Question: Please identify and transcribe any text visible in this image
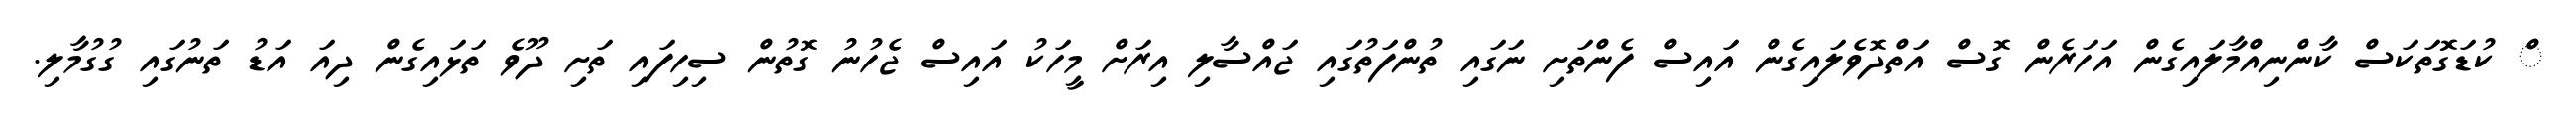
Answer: ް ކުޑަގޮތަކަސް ކާންނިއްމާލައިގެން އަހަރެން ގޮސް އަތްދޮވެލައިގެން އައިސް ފެންތަށި ނަގައި ތުންފަތުގައި ޖައްސާލި އިރަށް މީހަކު އައިސް ޖެހުނު ގޮތުން ސިހިފައި ތަށި ދޫވެ ތަޅައިގެން ދިއަ އަޑު ތަނުގައި ގުގުމާލި.